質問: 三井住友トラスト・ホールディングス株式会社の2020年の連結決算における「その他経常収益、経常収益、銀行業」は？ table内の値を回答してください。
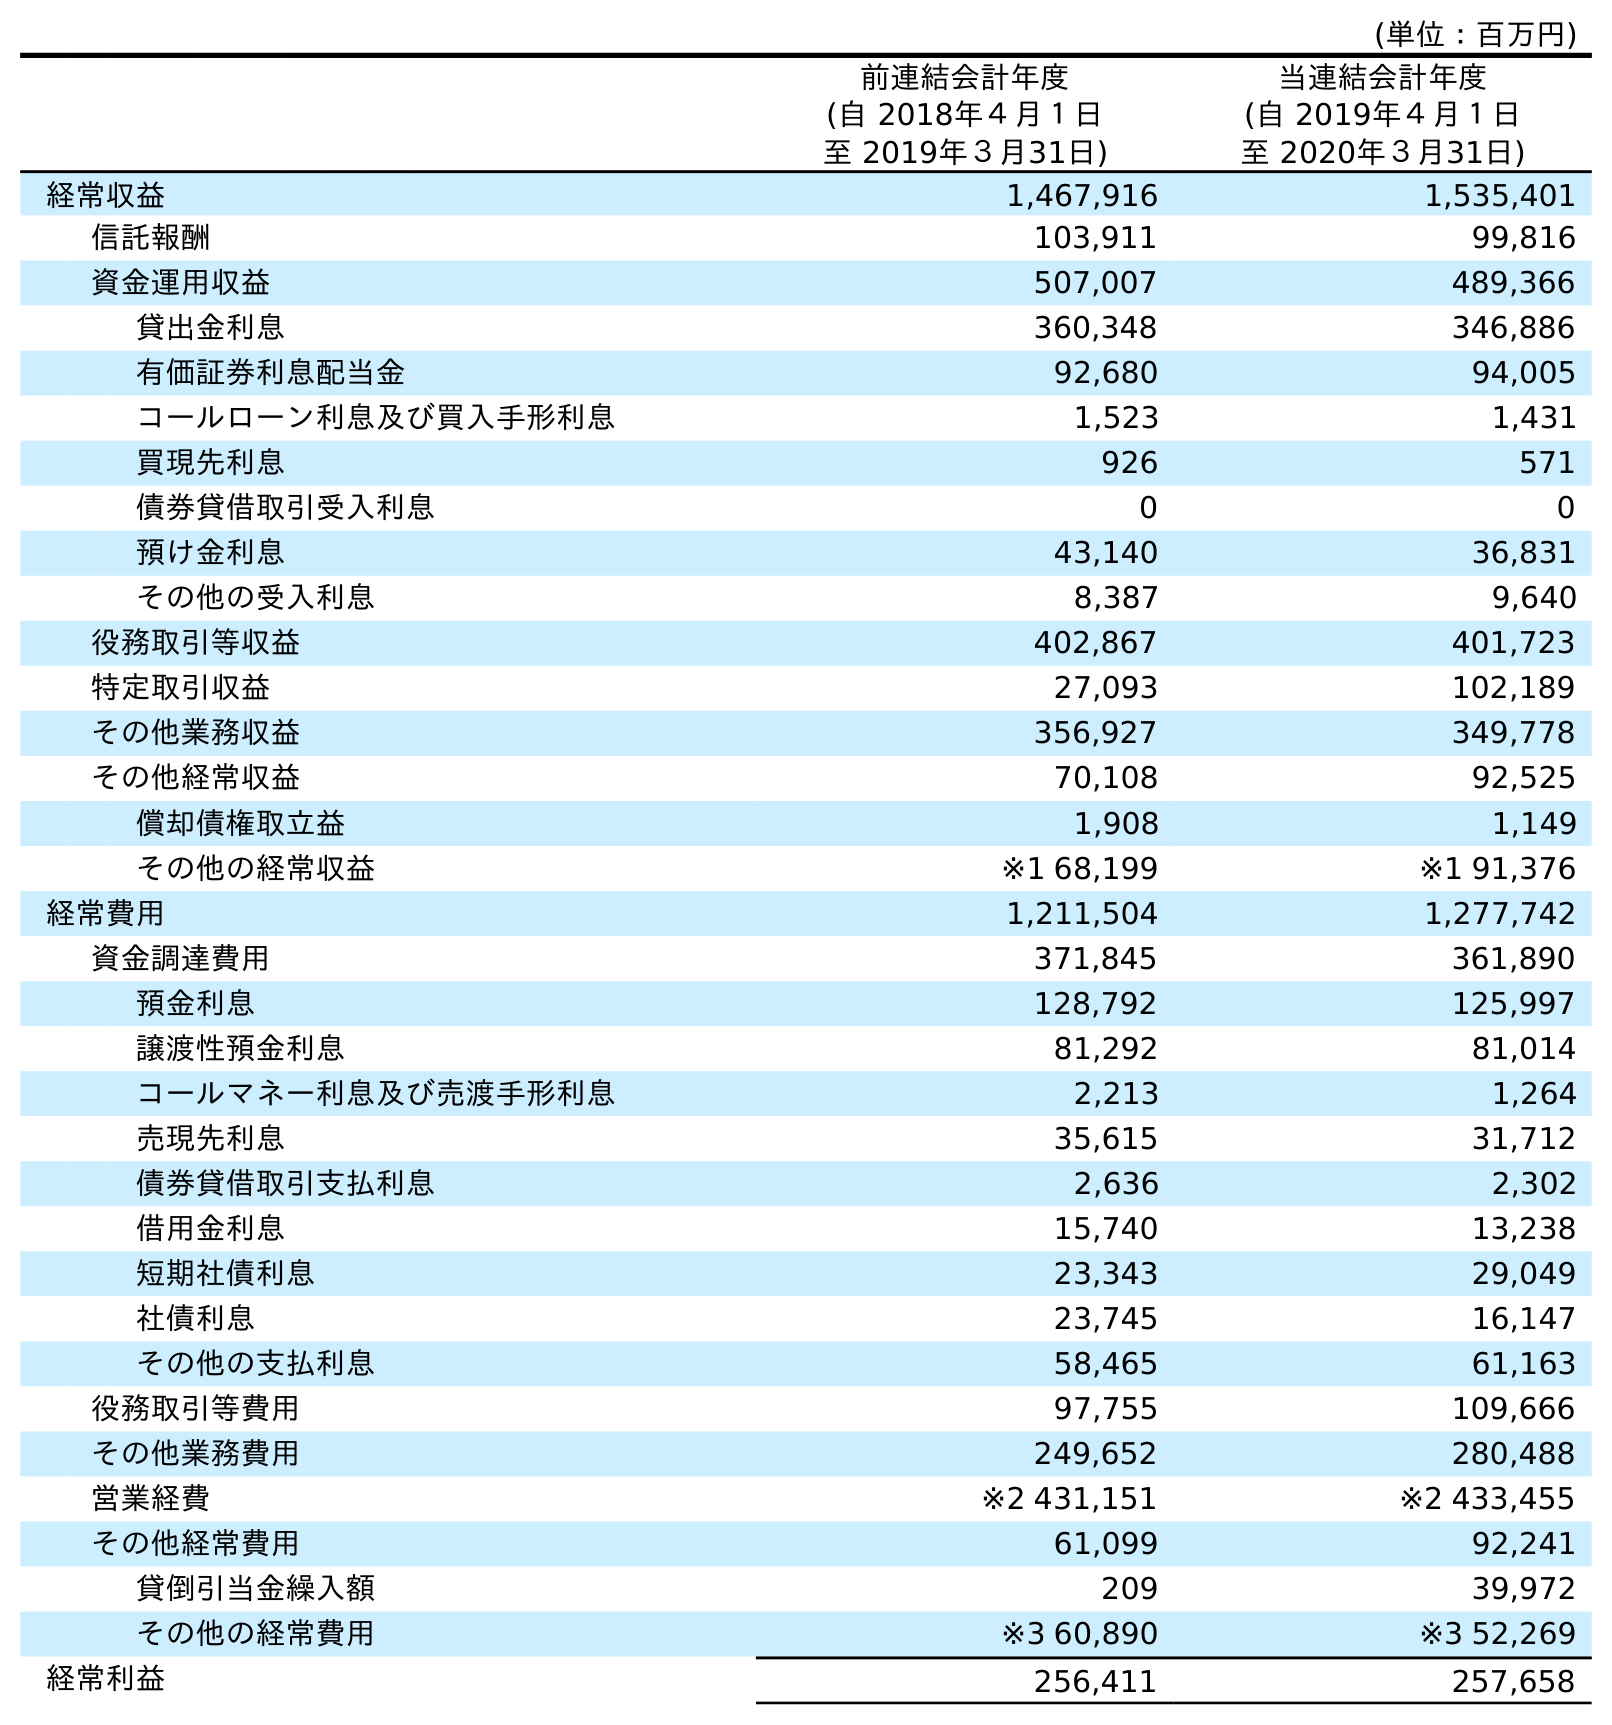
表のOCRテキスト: (単位：百万円) 前連結会計年度 (自 2018年４月１日 至 2019年３月31日) 当連結会計年度 (自 2019年４月１日 至 2020年３月31日) 経常収益 1,467,916 1,535,401 信託報酬 103,911 99,816 資金運用収益 507,007 489,366 貸出金利息 360,348 346,886 有価証券利息配当金 92,680 94,005 コールローン利息及び買入手形利息 1,523 1,431 買現先利息 926 571 債券貸借取引受入利息 0 0 預け金利息 43,140 36,831 その他の受入利息 8,387 9,640 役務取引等収益 402,867 401,723 特定取引収益 27,093 102,189 その他業務収益 356,927 349,778 その他経常収益 70,108 92,525 償却債権取立益 1,908 1,149 その他の経常収益 ※1 68,199 ※1 91,376 経常費用 1,211,504 1,277,742 資金調達費用 371,845 361,890 預金利息 128,792 125,997 譲渡性預金利息 81,292 81,014 コールマネー利息及び売渡手形利息 2,213 1,264 売現先利息 35,615 31,712 債券貸借取引支払利息 2,636 2,302 借用金利息 15,740 13,238 短期社債利息 23,343 29,049 社債利息 23,745 16,147 その他の支払利息 58,465 61,163 役務取引等費用 97,755 109,666 その他業務費用 249,652 280,488 営業経費 ※2 431,151 ※2 433,455 その他経常費用 61,099 92,241 貸倒引当金繰入額 209 39,972 その他の経常費用 ※3 60,890 ※3 52,269 経常利益 256,411 257,658
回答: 92,525